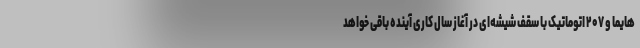
هایما و ۲۰۷ اتوماتیک با سقف شیشه‌ای در آغاز سال کاری آینده باقی خواهد